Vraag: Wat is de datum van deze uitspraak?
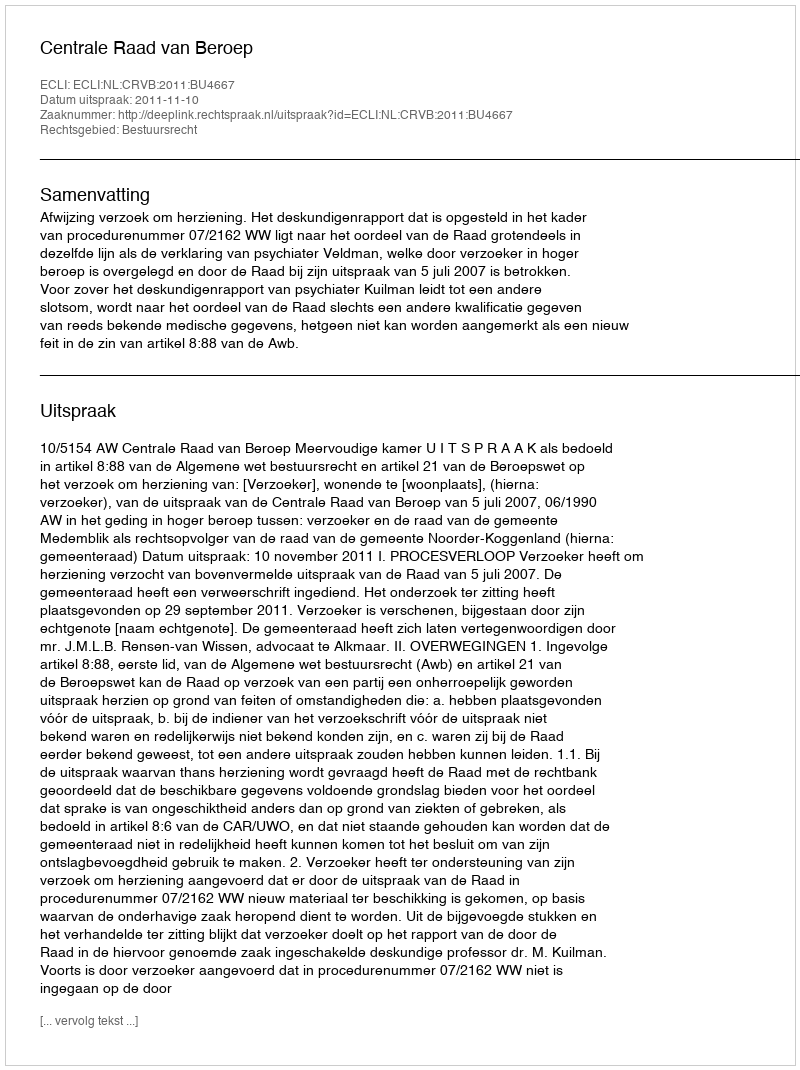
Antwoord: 2011-11-10